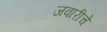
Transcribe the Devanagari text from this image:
जवारीचे